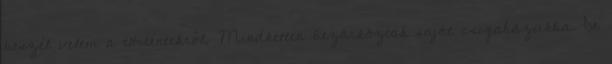
beszél velem a történtekről. Mindketten bezárkóztak saját csigaházukba. De